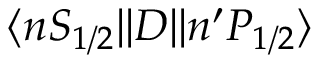
\ensuremath { \langle n S _ { 1 / 2 } | | } D \ensuremath { | | n ^ { \prime } P _ { 1 / 2 } \rangle }